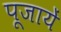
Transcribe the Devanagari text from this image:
पूजायें